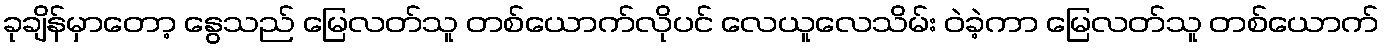
ခုချိန်မှာတော့ နွေသည် မြေလတ်သူ တစ်ယောက်လိုပင် လေယူလေသိမ်း ဝဲခဲ့ကာ မြေလတ်သူ တစ်ယောက်